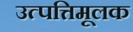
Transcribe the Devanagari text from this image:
उत्पत्तिमूलक